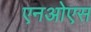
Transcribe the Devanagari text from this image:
एनओएस